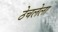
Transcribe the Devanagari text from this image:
ठेचलेला